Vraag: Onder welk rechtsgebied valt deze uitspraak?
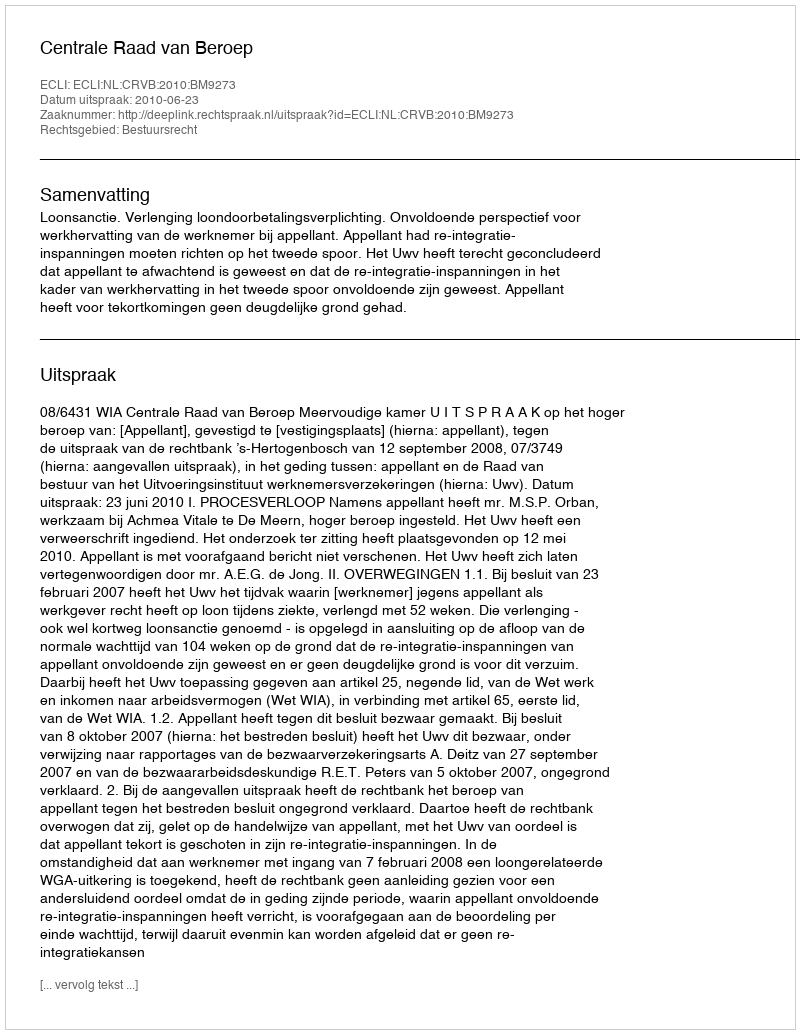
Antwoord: Bestuursrecht